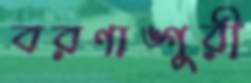
বরণাঙ্গুরী